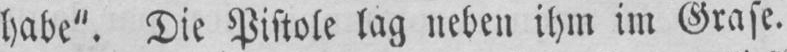
habe“. Die Pistole lag nebeu ihm im Grasc.